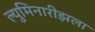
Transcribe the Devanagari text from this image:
ल्युमिनारीझला